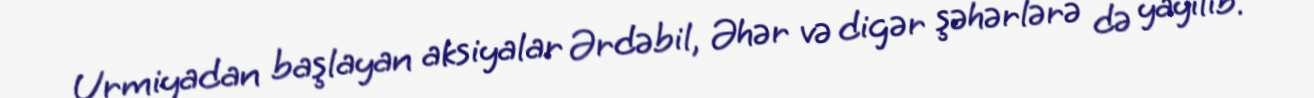
Urmiyadan başlayan aksiyalar Ərdəbil, Əhər və digər şəhərlərə də yayılıb.